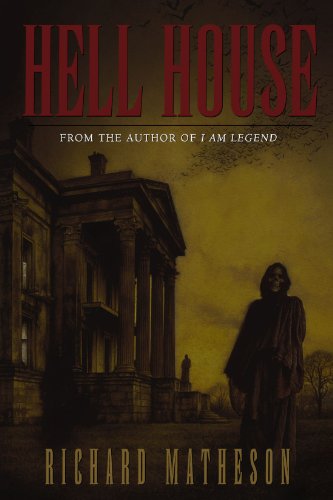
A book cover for Hell House; Richard Matheson; Comics & Graphic Novels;